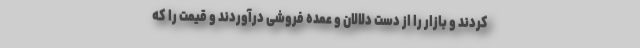
کردند و بازار را از دست دلالان و عمده فروشی درآوردند و قیمت را که